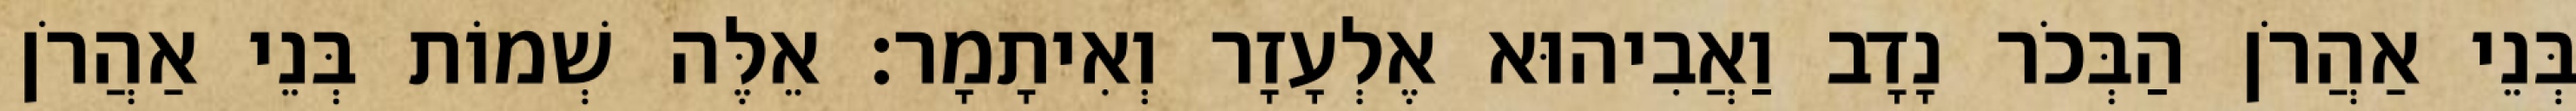
בְּנֵי אַהֲרֹן הַבְּכֹר נָדָב וַאֲבִיהוּא אֶלְעָזָר וְאִיתָמָר׃ אֵלֶּה שְׁמוֹת בְּנֵי אַהֲרֹן